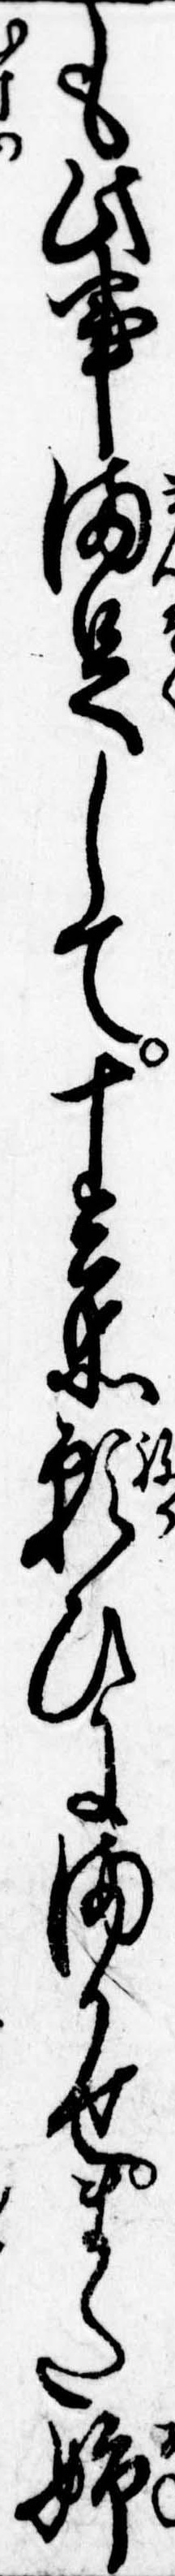
も此事満足して十兵衛願ひにまかせまた姉